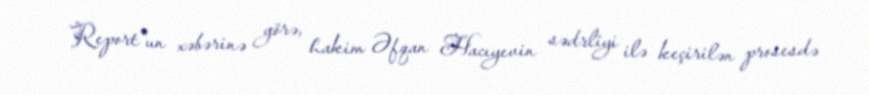
Report"un xəbərinə görə, hakim Əfqan Hacıyevin sədrliyi ilə keçirilən prosesdə